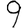
Digit: 9